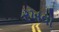
રખવો